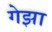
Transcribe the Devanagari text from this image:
गेझा